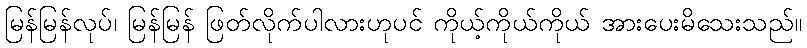
မြန်မြန်လုပ်၊ မြန်မြန် ဖြတ်လိုက်ပါလားဟုပင် ကိုယ့်ကိုယ်ကိုယ် အားပေးမိသေးသည်။